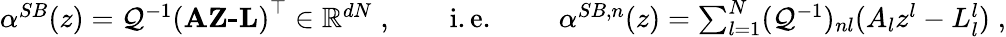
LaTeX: \begin{array}{r}{{\alpha}^{SB}(z)=\mathcal{Q}^{-1}\left(\textbf{AZ-L}\right)^{\top}\in\mathbb{R}^{dN}\; ,\quad\quad\mathrm{i.e.\ }\quad\quad{\alpha}^{SB,n}(z)=\sum_{l=1}^{N}(\mathcal{Q}^{-1})_{nl}(A_{l}z^{l}-L_{l}^{l})\; ,}\end{array}